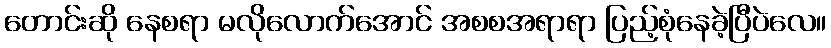
တောင်းဆို နေစရာ မလိုလောက်အောင် အစစအရာရာ ပြည့်စုံနေခဲ့ပြီပဲလေ။